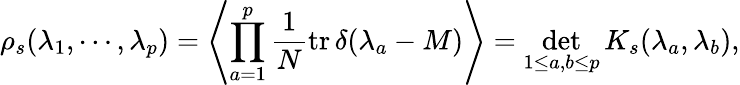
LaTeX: \rho_{s}(\lambda_{1},\cdots,\lambda_{p})=\left\langle\prod_{a=1}^{p}\frac{1}{N}\mathrm{tr}\, \delta(\lambda_{a}-M)\right\rangle=\operatorname*{det}_{1\leq a,b\leq p}K_{s}(\lambda_{a},\lambda_{b}),